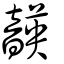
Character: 韺